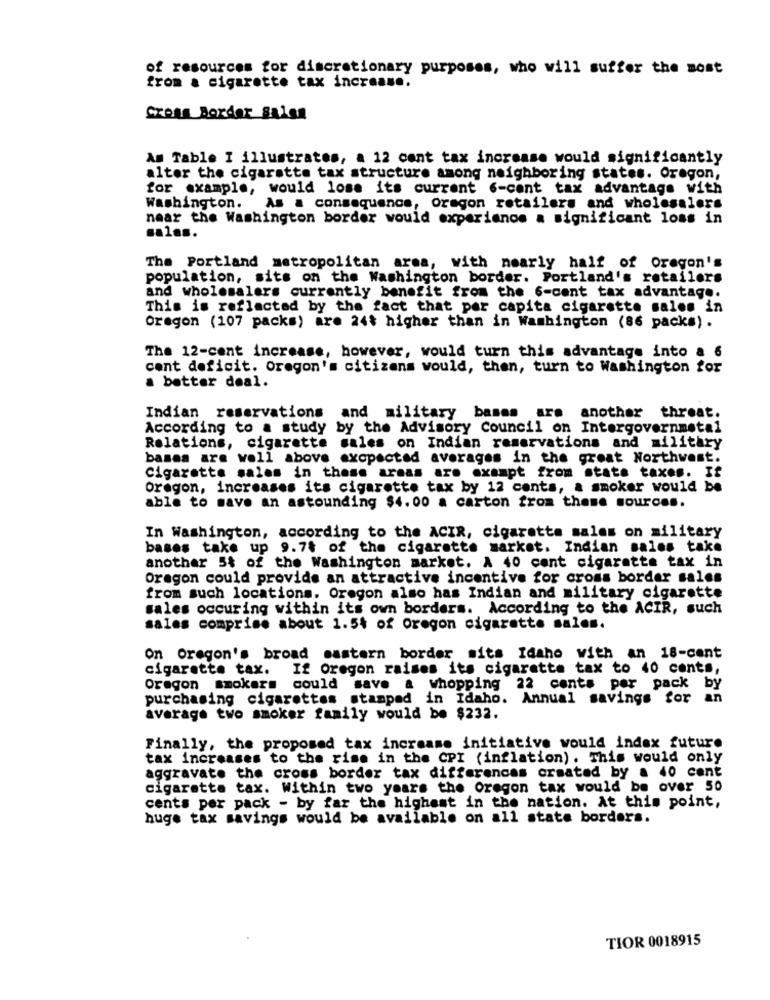
of resources for discretionary purposes, who will suffer the most
from a cigarette tax increase.
Cross Border Salsa
Am Table I illustrates, a 12 cent tax increase would significantly
alter the cigarette tax structure among neighboring states. Oregon,
for example, would lose its current 6-cont tax advantage with
Washington.
As a consequence, Oregon retailers and wholesalers
near the Washington border would experianos a significant loss in
salas.
The Portland metropolitan area, with nearly half of Oregon's
population, sits on the Washington border. Portland's retailers
and wholesalers currently benefit from the 6-cent tax advantage.
This is reflected by the fact that per capita cigarette sales in
Oregon (107 packs) are 24$ higher than in Washington (86 packs) .
The 12-cent increase, however, would turn this advantage into a 6
cent deficit. Oregon's citizens would, then, turn to Washington for
a better deal.
Indian reservations and military bases are another threat.
According to a study by the Advisory Council on Intergovernmetal
Relations, cigarette sales on Indian reservations and military
bases are well above axopectad averages in the great Northwest.
Cigarette sales in those areas are exempt from state taxes. If
Oregon, increases its cigarette tax by 12 cents, a smoker would be
able to save an astounding $4.00 a carton from these sources.
In Washington, according to the ACIR, cigaretta sales on military
bases take up 9.74 of the cigarette market. Indian sales take
another 54 of the Washington market. A 40 cent cigarette tax in
Dragon could provide an attractive incentive for cross border sales
from such locations. Oregon also has Indian and military cigarette
sales occuring within its own borders. According to the ACIR, such
sales comprise about 1.54 of Oregon cigarette sales.
on Oregon's broad sastern border sits Idaho with an 18-cent
cigarette tax. If Oregon raises its cigarette tax to 40 cents,
Oregon smokers could save a whopping 22 cents per pack by
purchasing cigarettes stamped in Idaho. Annual savings for an
average two smoker family would be $232.
Finally, the proposed tax increase initiative would index future
tax increases to the rise in the CPI (inflation). This would only
aggravate the cross border tax differences created by a 40 cent
cigarette tax. Within two years the Oregon tax would be over 50
cents per pack - by far the highest in the nation. At this point,
huge tax savings would be available on all state borders.
TIOR 0018915